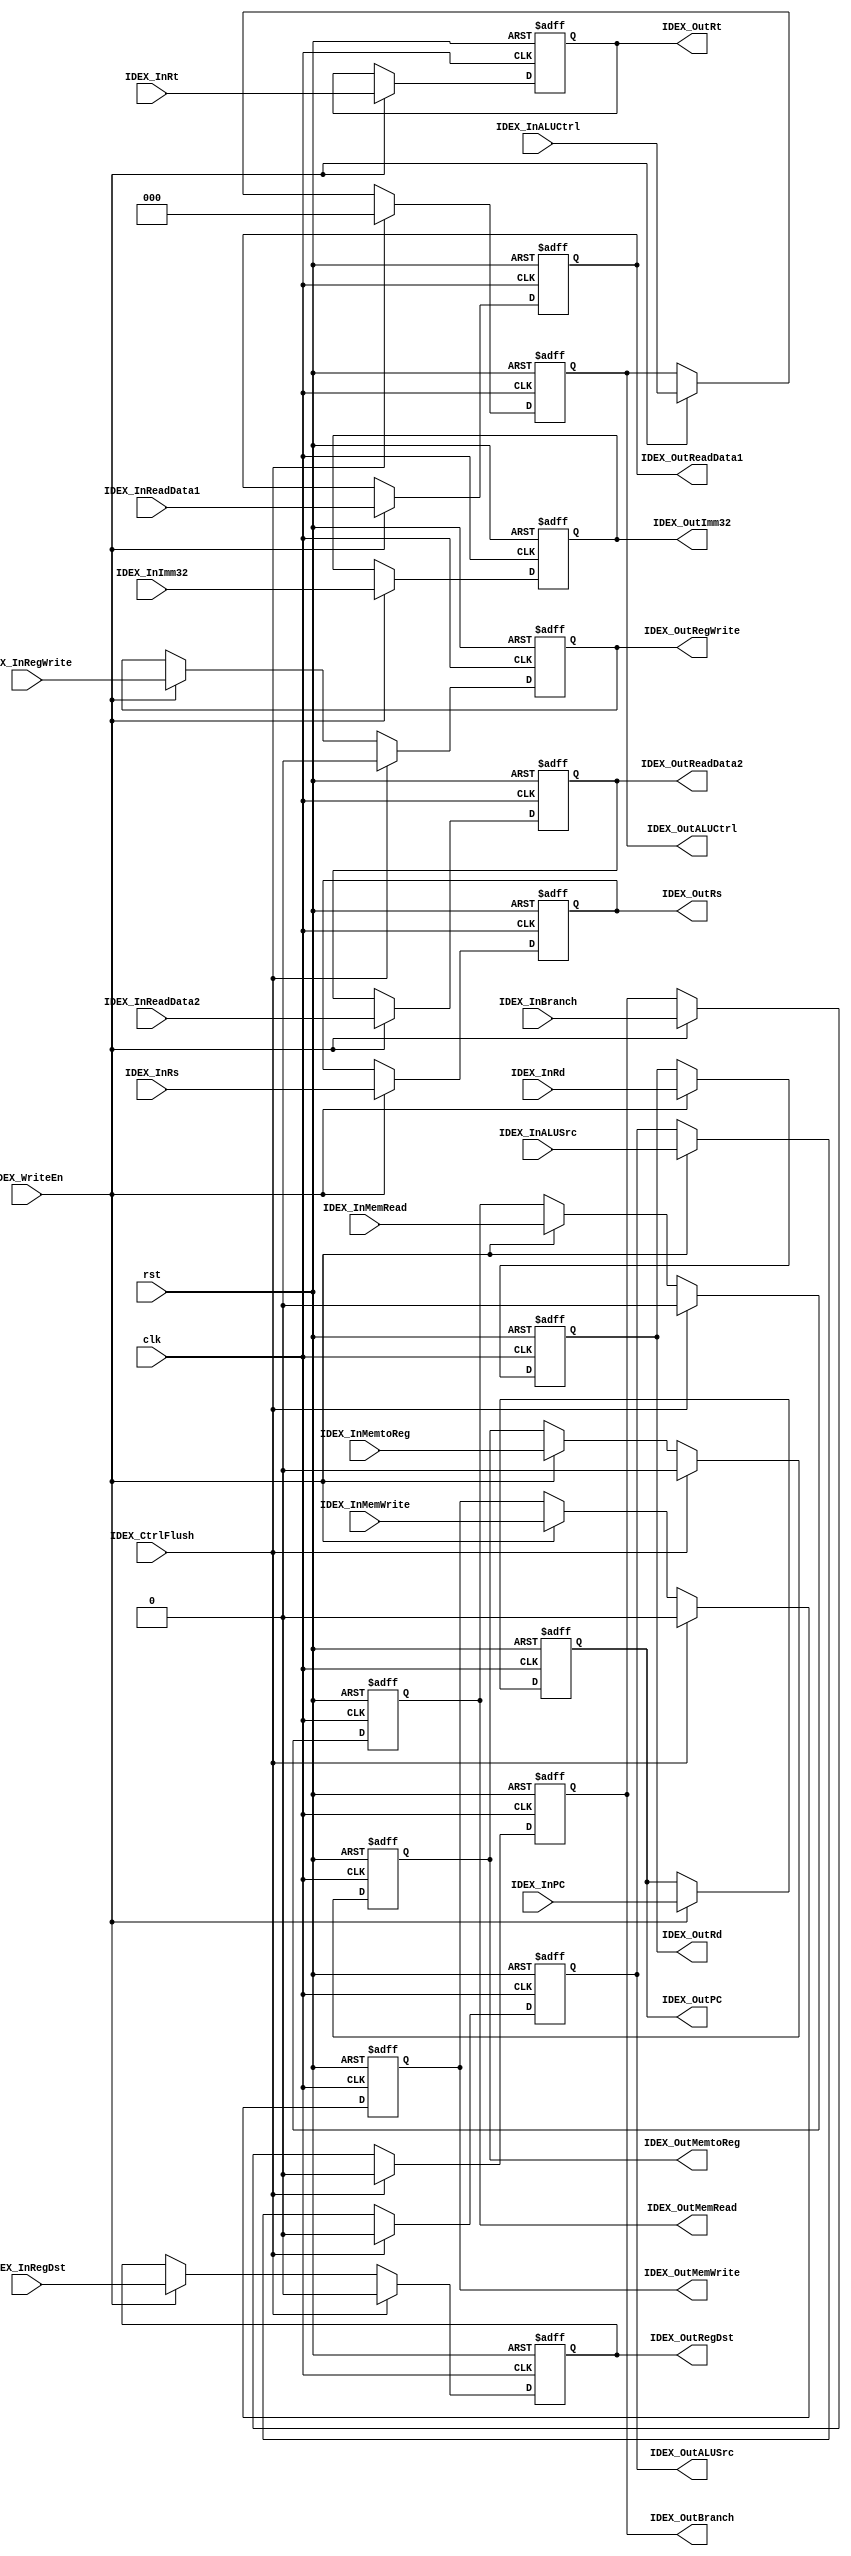
module ID_EX (clk, rst, IDEX_InPC, IDEX_InReadData1, IDEX_InReadData2, IDEX_InImm32, IDEX_InRs, IDEX_InRt, IDEX_InRd, 
				IDEX_InALUSrc, IDEX_InALUCtrl, IDEX_InRegDst, 
				IDEX_InBranch, IDEX_InMemWrite, IDEX_InMemRead, 
				IDEX_InMemtoReg, IDEX_InRegWrite, 
				IDEX_OutPC, IDEX_OutReadData1, IDEX_OutReadData2, IDEX_OutImm32, IDEX_OutRs, IDEX_OutRt, IDEX_OutRd, 
				IDEX_OutALUSrc, IDEX_OutALUCtrl, IDEX_OutRegDst, 
				IDEX_OutBranch, IDEX_OutMemWrite, IDEX_OutMemRead, 
				IDEX_OutMemtoReg, IDEX_OutRegWrite, 
				IDEX_WriteEn, IDEX_CtrlFlush );

//input
	input				clk;
	input				rst;
	input [31:0]		IDEX_InPC;
	input [31:0]		IDEX_InReadData1;
	input [31:0]		IDEX_InReadData2;
	input [31:0]		IDEX_InImm32;
	input [4:0]			IDEX_InRs;
	input [4:0]			IDEX_InRt;
	input [4:0]			IDEX_InRd;

////ID_EX
	input				IDEX_InALUSrc;			//ALUSrc
	input [2:0]			IDEX_InALUCtrl;			//ALUCtrl
	input				IDEX_InRegDst;			//RegDst

////EX_MEX
	input				IDEX_InBranch;			//Branch
	input				IDEX_InMemWrite;		//MemWrite
	input				IDEX_InMemRead;			//MemRead

////MEM_WB
	input				IDEX_InMemtoReg;		//MemtoReg
	input				IDEX_InRegWrite;		//RegWrite

	input				IDEX_CtrlFlush;
	input				IDEX_WriteEn;

//output
	output reg [31:0]	IDEX_OutPC;
	output reg [31:0]	IDEX_OutReadData1;
	output reg [31:0]	IDEX_OutReadData2;
	output reg [31:0]	IDEX_OutImm32;
	output reg [4:0]	IDEX_OutRs;
	output reg [4:0]	IDEX_OutRt;
	output reg [4:0]	IDEX_OutRd;

////ID_EX
	output reg			IDEX_OutALUSrc;			//ALUSrc
	output reg [2:0]	IDEX_OutALUCtrl;		//ALUCtrl
	output reg			IDEX_OutRegDst;			//RegDst

////EX_MEX
	output reg			IDEX_OutBranch;			//Branch
	output reg			IDEX_OutMemWrite;		//MemWrite
	output reg			IDEX_OutMemRead;		//MemRead

////MEM_WB
	output reg			IDEX_OutMemtoReg;		//MemtoReg
	output reg			IDEX_OutRegWrite;		//RegWrite

	always @(posedge clk or posedge rst) begin
		if ( rst ) begin
			IDEX_OutPC = 32'd0;
			IDEX_OutReadData1 = 32'd0;
			IDEX_OutReadData2 = 32'd0;
			IDEX_OutImm32 = 32'd0;
			IDEX_OutRs = 5'd0;
			IDEX_OutRt = 5'd0;
			IDEX_OutRd = 5'd0;
			IDEX_OutALUSrc = 1'd0;
			IDEX_OutALUCtrl = 3'd0;
			IDEX_OutRegDst = 1'd0;
			IDEX_OutBranch = 1'd0;
			IDEX_OutMemWrite = 1'd0;
			IDEX_OutMemRead = 1'd0;
			IDEX_OutMemtoReg = 1'd0;
			IDEX_OutRegWrite = 1'd0;
		end	// end if
		else begin
			if ( IDEX_CtrlFlush ) begin
				IDEX_OutALUSrc = 1'd0;
				IDEX_OutALUCtrl = 3'd0;
				IDEX_OutRegDst = 1'd0;
				IDEX_OutBranch = 1'd0;
				IDEX_OutMemWrite = 1'd0;
				IDEX_OutMemRead = 1'd0;
				IDEX_OutMemtoReg = 1'd0;
				IDEX_OutRegWrite = 1'd0;
			end // end else if
			else begin
				if ( IDEX_WriteEn ) begin
					IDEX_OutALUSrc = IDEX_InALUSrc;
					IDEX_OutALUCtrl = IDEX_InALUCtrl;
					IDEX_OutRegDst = IDEX_InRegDst;
					IDEX_OutBranch = IDEX_InBranch;
					IDEX_OutMemWrite = IDEX_InMemWrite;
					IDEX_OutMemRead = IDEX_InMemRead;
					IDEX_OutMemtoReg = IDEX_InMemtoReg;
					IDEX_OutRegWrite = IDEX_InRegWrite;
				end // end else else if
			end // end else else
			if ( IDEX_WriteEn ) begin
				IDEX_OutPC = IDEX_InPC;
				IDEX_OutReadData1 = IDEX_InReadData1;
				IDEX_OutReadData2 = IDEX_InReadData2;
				IDEX_OutImm32 = IDEX_InImm32;
				IDEX_OutRs = IDEX_InRs;
				IDEX_OutRt = IDEX_InRt;
				IDEX_OutRd = IDEX_InRd;
			end	// end else if
		end	// end else
	end	// end always

endmodule